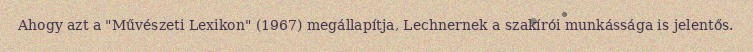
Ahogy azt a "Művészeti Lexikon" (1967) megállapítja, Lechnernek a szakírói munkássága is jelentős.